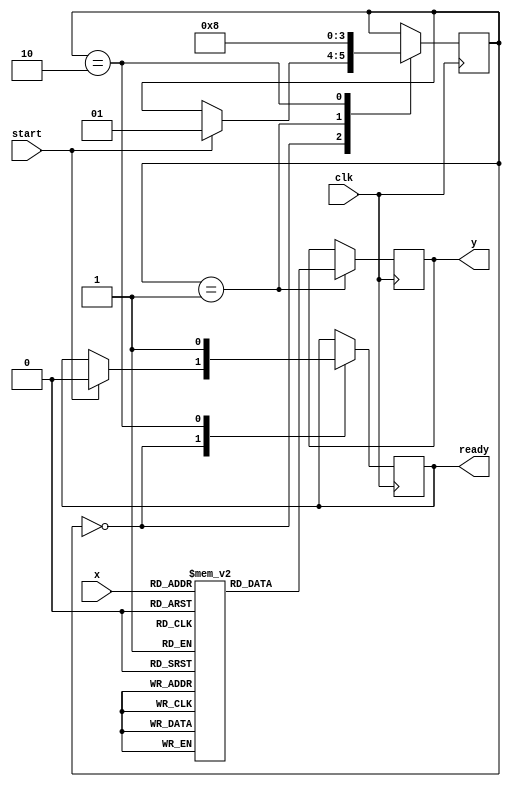
module ApproximateReciprocal(
    input [7:0] x,          // 8-bit normalized input
    output reg [7:0] y,     // 8-bit approximate reciprocal output
    input clk,              // Clock signal
    input start,            // Start signal
    output reg ready        // Ready signal
);

    // Lookup table for approximate reciprocal values
    reg [7:0] lut [0:255];  // LUT for 256 entries
    integer i;

    initial begin
        // Initialize the LUT with approximate reciprocal values
        for (i = 0; i < 256; i = i + 1) begin
            // Example: Using a simple reciprocal approximation (1/x)
            lut[i] = (i > 0) ? (8'hFF / i) : 8'h00; // Avoid division by zero
        end
    end

    // State machine for control logic
    reg [1:0] state;
    localparam IDLE = 2'b00, COMPUTE = 2'b01, DONE = 2'b10;

    always @(posedge clk) begin
        case (state)
            IDLE: begin
                if (start) begin
                    // Start computation
                    state <= COMPUTE;
                    ready <= 0; // Not ready until computation is done
                end
            end

            COMPUTE: begin
                // Perform lookup for approximate reciprocal
                y <= lut[x]; // Assume x is in the range [0, 255]
                state <= DONE;
            end

            DONE: begin
                ready <= 1; // Indicate that the output is ready
                state <= IDLE; // Return to idle state
            end
        endcase
    end

endmodule